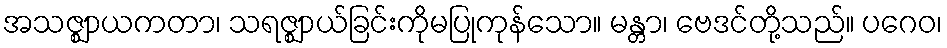
အသဇ္ဈာယကတာ၊ သရဇ္ဈာယ်ခြင်းကိုမပြုကုန်သော။ မန္တာ၊ ဗေဒင်တို့သည်။ ပဂေဝ၊